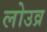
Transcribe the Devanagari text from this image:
लोउव्र